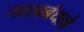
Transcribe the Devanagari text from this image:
तत्त्वबंधाचे